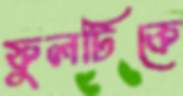
ফুলটিকে